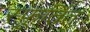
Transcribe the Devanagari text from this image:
स्फूर्तित